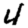
Digit: 4